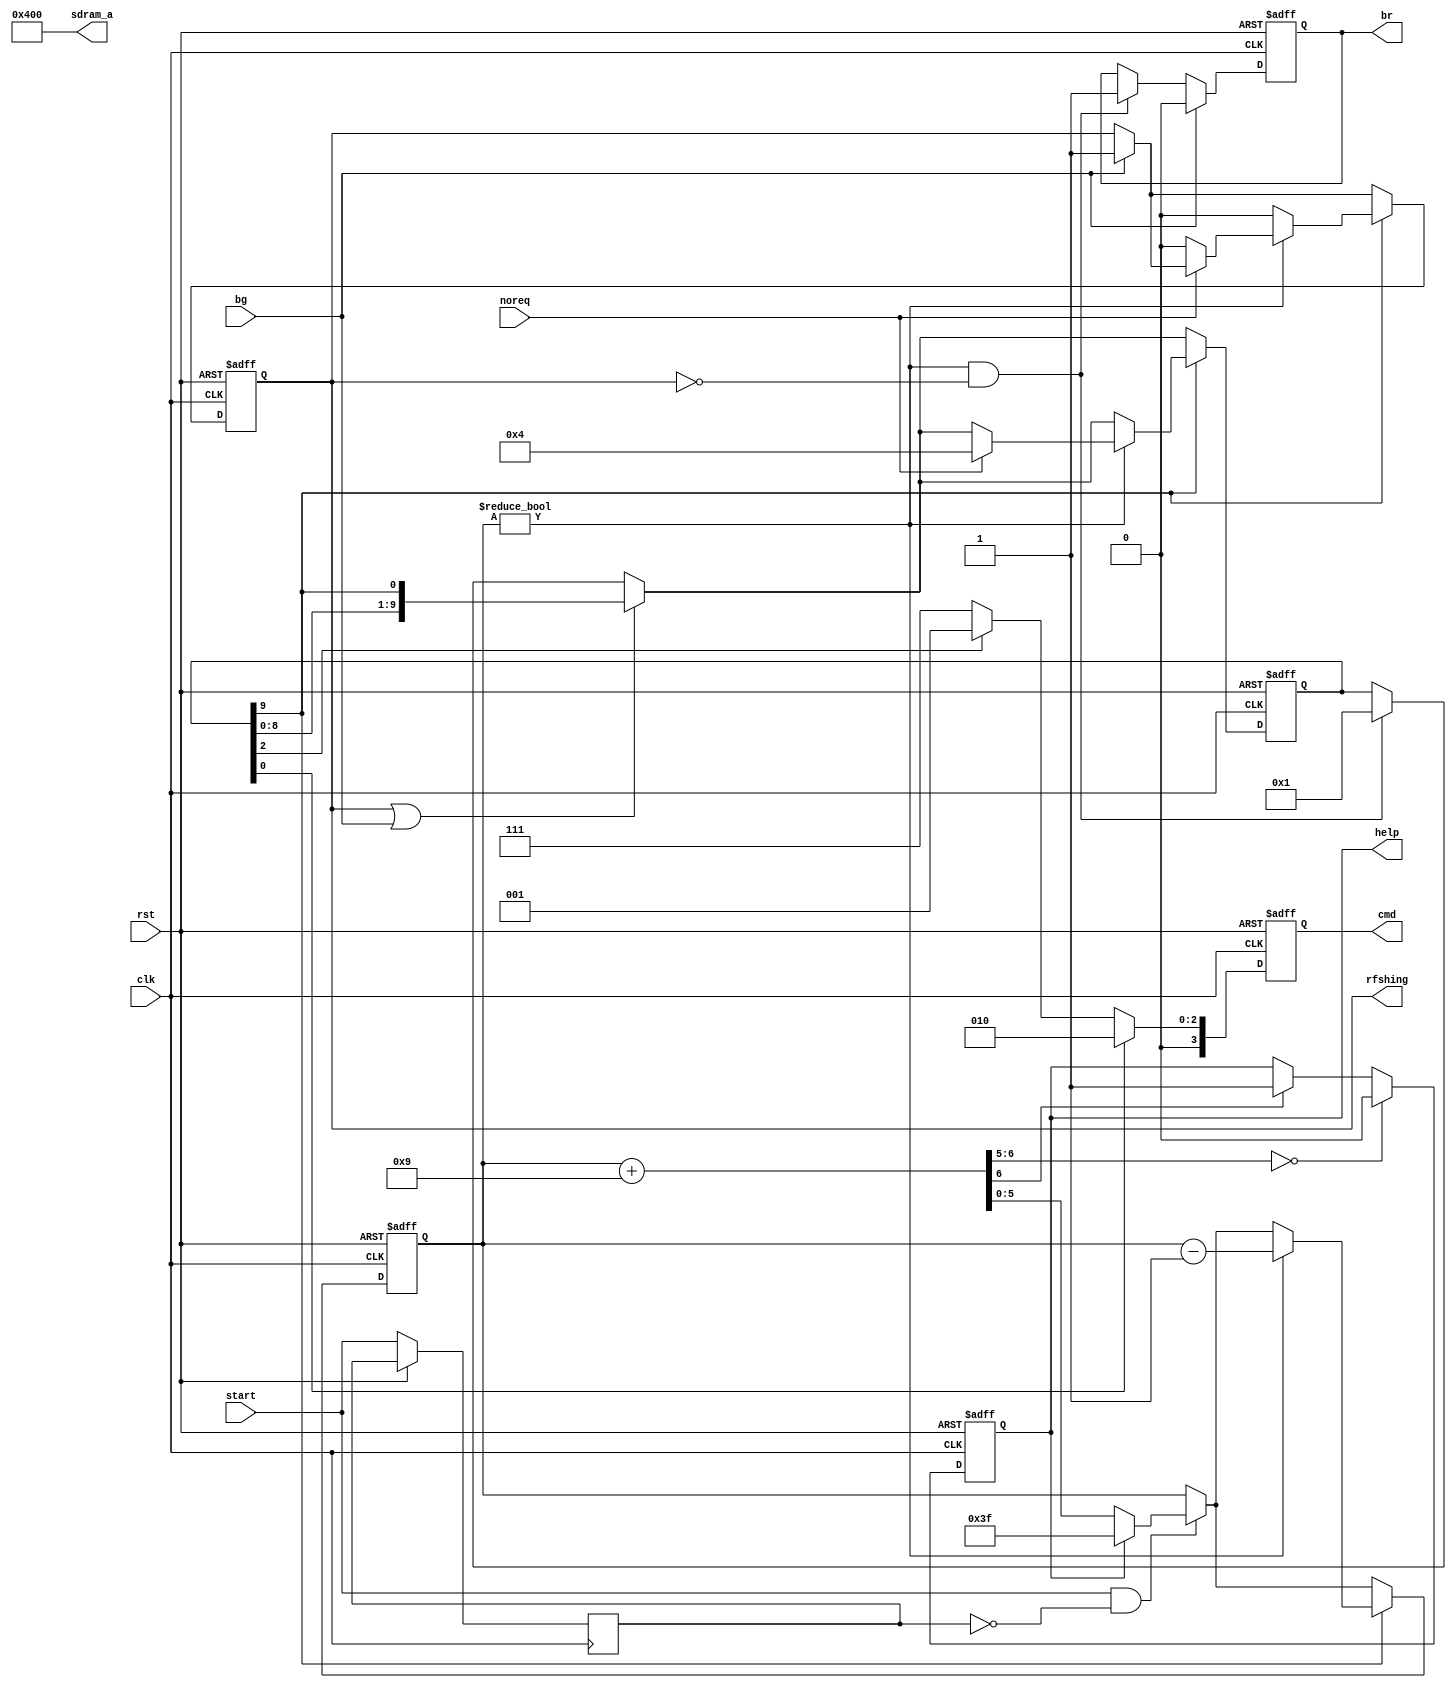
/*  This file is part of JTFRAME.
    JTFRAME program is free software: you can redistribute it and/or modify
    it under the terms of the GNU General Public License as published by
    the Free Software Foundation, either version 3 of the License, or
    (at your option) any later version.

    JTFRAME program is distributed in the hope that it will be useful,
    but WITHOUT ANY WARRANTY; without even the implied warranty of
    MERCHANTABILITY or FITNESS FOR A PARTICULAR PURPOSE.  See the
    GNU General Public License for more details.

    You should have received a copy of the GNU General Public License
    along with JTFRAME.  If not, see <http://www.gnu.org/licenses/>.

    Author: Jose Tejada Gomez. Twitter: @topapate
    Version: 1.0
    Date: 29-4-2021 */

module jtframe_sdram64_rfsh #(parameter HF=1, RFSHCNT=9)
(
    input               rst,
    input               clk,

    input               start,
    output   reg        br,
    input               bg,
    input               noreq,
    output   reg        rfshing,
    output   reg  [3:0] cmd,
    output   reg        help,
    output       [12:0] sdram_a
);

// Frequency limits before getting a tRFC error
// HF=0 -> 60MHz  (16.67ns)
// HF=1 -> 100MHz (10ns)

localparam STW  = 3+7-(HF==1? 0 : 4),
           RFRSH= HF?2:1;

localparam CW=6;
localparam [STW-1:0] ONE=1;

//                             /CS /RAS /CAS /WE
localparam CMD_LOAD_MODE   = 4'b0___0____0____0, // 0
           CMD_REFRESH     = 4'b0___0____0____1, // 1
           CMD_PRECHARGE   = 4'b0___0____1____0, // 2
           CMD_ACTIVE      = 4'b0___0____1____1, // 3
           CMD_WRITE       = 4'b0___1____0____0, // 4
           CMD_READ        = 4'b0___1____0____1, // 5
           CMD_STOP        = 4'b0___1____1____0, // 6 Burst terminate
           CMD_NOP         = 4'b0___1____1____1, // 7
           CMD_INHIBIT     = 4'b1___0____0____0; // 8

`ifdef SIMULATION
initial begin
    if( RFSHCNT >= (1<<CW)-1 ) begin
        $display("ERROR: RFSHCNT is too large for the size of CW (%m)");
        $finish;
    end
end
`endif

assign sdram_a = 13'h400;   // used for precharging all banks

reg  [CW-1:0] cnt;
reg [STW-1:0] st;
reg           last_start;
wire   [CW:0] next_cnt;

assign next_cnt = {1'b0, cnt} + RFSHCNT[CW-1:0];

always @(posedge clk, posedge rst) begin
    if( rst ) begin
        st      <= 1;
        cmd     <= CMD_NOP;
        cnt     <= 0;
        br      <= 0;
        rfshing <= 0;
        help    <= 0;
    end else begin
        // Forces a refresh if we have built up too much debt
        if( next_cnt[CW] )
            help <= 1;
        if( next_cnt[CW:CW-1]==0 ) // at least half the debt must go
            help <= 0;

        last_start <= start;
        if( start && !last_start ) begin
            cnt <= help ? {CW{1'b1}} : next_cnt[CW-1:0]; // carry over from previous "frame"
        end
        if( cnt!=0 && !rfshing ) begin
            br  <= 1;
            st  <= 1;
        end
        if( bg ) begin
            br      <= 0;
            rfshing <= 1;
        end
        if( rfshing || bg ) begin
            st <= { st[STW-2:0], st[STW-1] };
        end
        if( st[STW-1] ) begin
            if( cnt!=0 ) begin
                cnt <= cnt - 1'd1;
                if( !noreq ) begin
                    rfshing <= 0;
                end else  begin
                    st <= ONE << RFRSH; // do another refresh cycle as there are no requests
                end
            end else begin
                rfshing <= 0;
            end
        end
        cmd <= st[0] ? CMD_PRECHARGE : ( st[RFRSH] ? CMD_REFRESH : CMD_NOP );
    end
end

endmodule